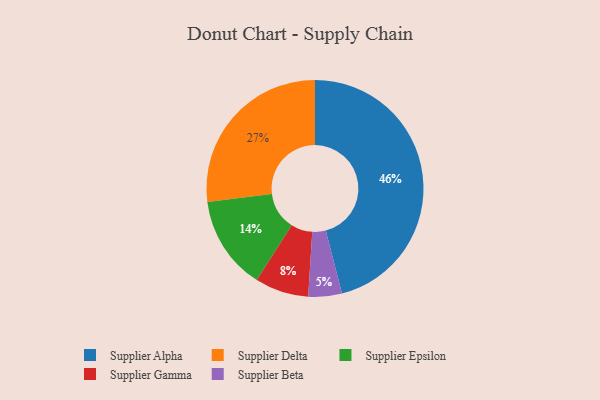
{"axis": {"x": "Category", "y": "Percentage"}, "legend": ["Supplier Alpha", "Supplier Beta", "Supplier Delta", "Supplier Epsilon", "Supplier Gamma"], "data": [{"x": "Supplier Gamma", "y": 8, "type": "Supplier Gamma"}, {"x": "Supplier Epsilon", "y": 14, "type": "Supplier Epsilon"}, {"x": "Supplier Alpha", "y": 46, "type": "Supplier Alpha"}, {"x": "Supplier Delta", "y": 27, "type": "Supplier Delta"}, {"x": "Supplier Beta", "y": 5, "type": "Supplier Beta"}]}